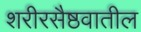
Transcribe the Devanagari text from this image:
शरीरसैष्ठवातील